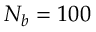
N _ { b } = 1 0 0